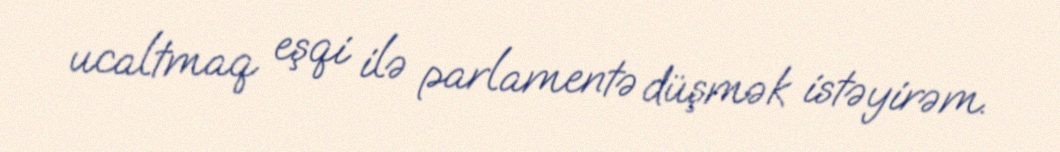
ucaltmaq eşqi ilə parlamentə düşmək istəyirəm.